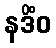
နဒိံဝ